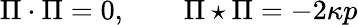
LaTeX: \Pi\cdot\Pi=0,\qquad\Pi\star\Pi=-2\kappa p